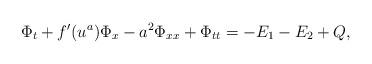
LaTeX: \begin{align*}\Phi_t + f'(u^a) \Phi_x - a^2 \Phi_{xx} + \Phi_{tt}= - E_1 - E_2 + Q,\end{align*}